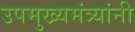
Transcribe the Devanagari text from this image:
उपमुख्यमंत्र्यांनी